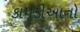
કાપડીઆનો